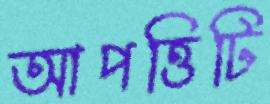
আপত্তিটি